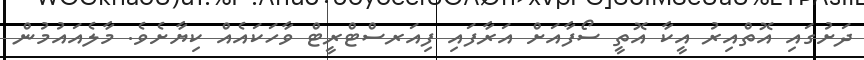
ދަށުގައި އޮތްއިރު އީކާ އޮތީ ސޯފާއަށް އަރާފައި ފިއަރސްޓްރީޓް ވާހަކައެއް ކިޔާށެވެ. މާލެއައުމުން